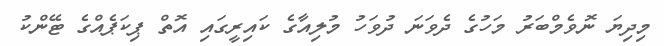
މިދިޔަ ނޮވެމްބަރު މަހުގެ ދެވަނަ ދުވަހު މުލިއާގެ ކައިރީގައި އޮތް ޕިކަޕެއްގެ ޓޭންކު